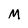
Character: M